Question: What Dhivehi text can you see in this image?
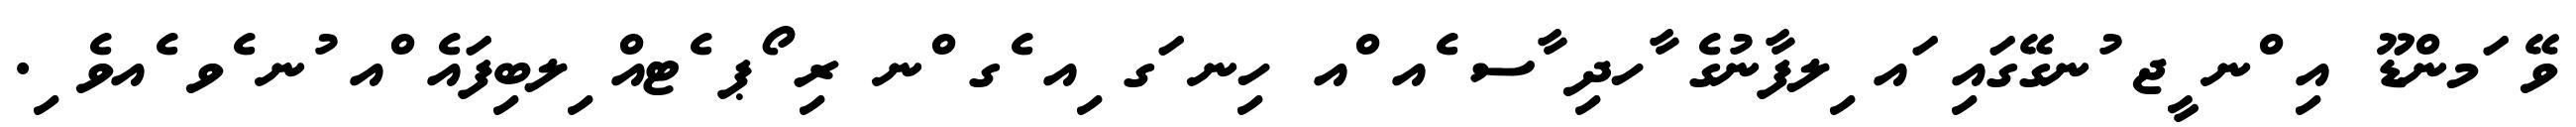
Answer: ވޭ ަމންޑޫ އި ްނ ީޖ ުނގޭގައި ައ ިލފާނުގެ ާހދި ާސ ެއ ްއ ހިނ ަގ ިއ ެގ ްނ ރި ޯޕ ެޓއް ިލބިފައެ ްއ ުނ ެވ ެއވެ ި.